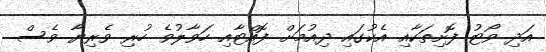
އަދި ވޯޓު ފޮށިތަކާއި އެކުގައި ދިއުމަށް ފޮއްޓާއި ހަވާލުވެ ހުރި ވެރިޔާ ވެސް